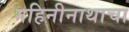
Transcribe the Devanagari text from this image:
गहिनीनाथाचा